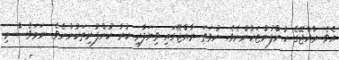
އެވެ. ރާއްޖޭގެ ކުންފުންޏަކުންނެވެ. ނުވަތަ ރާއްޖޭގައި ވިޔަފާރި ކުރާ ކުންފުނިތަކުންނެވެ. ނަމަވެސް މި